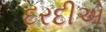
દરદીએ